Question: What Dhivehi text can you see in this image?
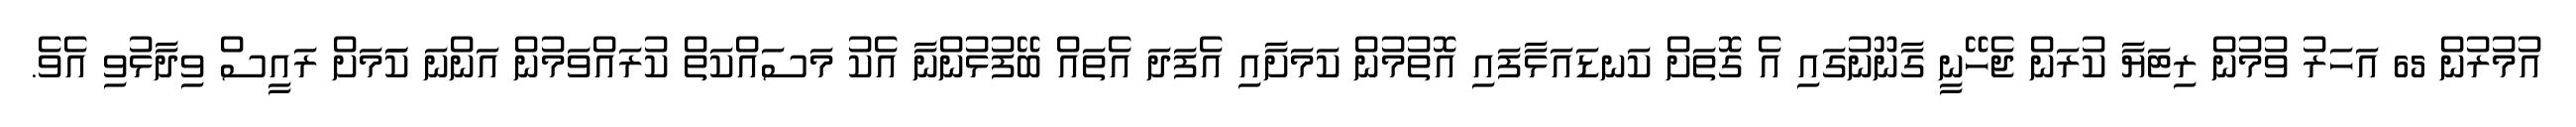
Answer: އުމުރުން 65 އަހަރު ވުމުން ރިޓަޔާ ކުރަން ޖެހޭނީ ގާނޫނުގައި އެ ގޮތަށް ކަނޑައަޅާފައި އޮތުމުން ކަމަށާއި އެފަދަ އެތައް ބޭފުޅުންނާ އެކު މަސައްކަތް ކުރައްވަމުން އަންނަ ކަަމަށް ރައީސް ވިދާޅުވި އެވެ.